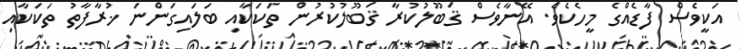
އަކީވެސް ފާޑެއްގެ މީހެކެވެ. އޭނާވެސް ޤަބޫލުކުރާ ޤަބޫލުކުރުން ތަކަކާއި ބަލައިގަންނަ ޚުރާފާތު ތަކަކާއި